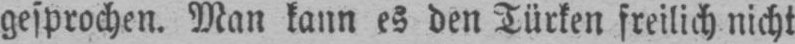
gesprochen. Man kann es den Türken freilich nicht